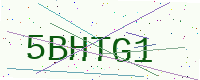
Text: 5BHTG1